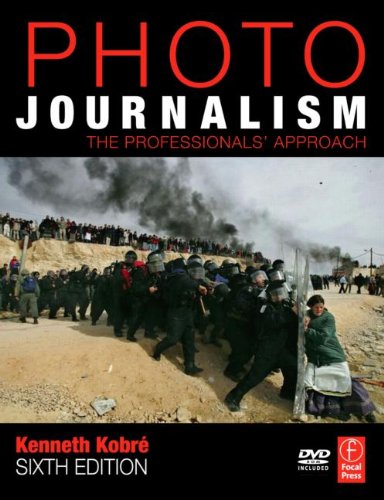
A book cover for Photojournalism: The Professionals' Approach; Kenneth Kobre; Arts & Photography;